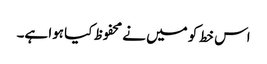
اس خط کو میں نے محفوظ کیا ہوا ہے۔